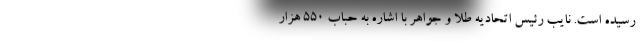
رسیده است. نایب رئیس اتحادیه طلا و جواهر با اشاره به حباب 550 هزار